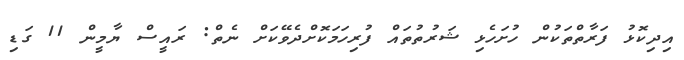
އިދިކޮޅު ފަރާތްތަކުން ހުށަހެޅި ޝަރުތުތައް ފުރިހަމަކޮށްދެވޭކަށް ނެތް: ރައީސް ޔާމީން 11 ގަޑި